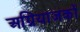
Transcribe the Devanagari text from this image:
अग्नियाजकों